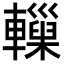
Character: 𨏋